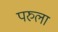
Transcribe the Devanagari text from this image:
परुला